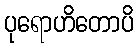
ပုရောဟိတောပိ